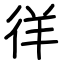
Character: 徉